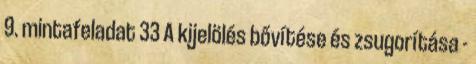
9. mintafeladat 33 A kijelölés bővítése és zsugorítása -